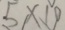
5 \times 1 0